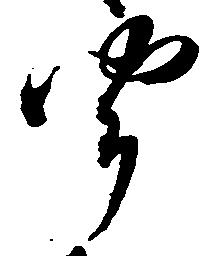
聞